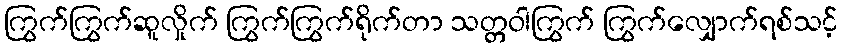
ကြွက်ကြွက်ဆူလှိုက် ကြွက်ကြွက်ရိုက်တာ သတ္တဝါကြွက် ကြွက်လျှောက်ရစ်သင့်